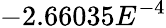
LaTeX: -2.66035E^{-4}